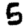
Digit: 5